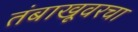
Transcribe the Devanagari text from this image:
तंबाखूवरचा